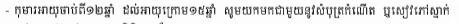
- កុមារអាយុចាប់ពីឆ្នាំ១២ឆ្នាំ ដល់អាយុក្រោម១៥ឆ្នាំ សូមយកមកជាមួយនូវសំបុត្រកំណើត ឬសៀវភៅស្នាក់